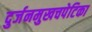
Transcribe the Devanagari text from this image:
दुर्जनमुखचपेटिका